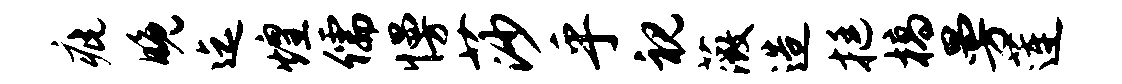
疵晚迄煌儒慢莎乎视薇造挺槁曼莲